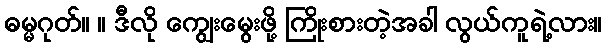
ဓမ္မဂုတ်။ ။ ဒီလို ကျွေးမွေးဖို့ ကြိုးစားတဲ့အခါ လွယ်ကူရဲ့လား။